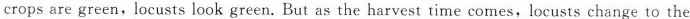
crops are green, locusts look green. But as the harvest time comes, locusts change to the